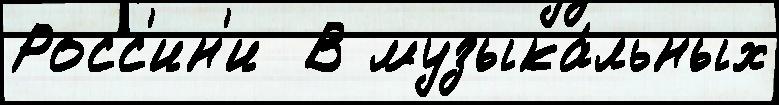
Росс'ин'и  В музыка́льных